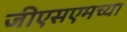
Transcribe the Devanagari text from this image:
जीएसएमच्या